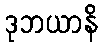
ဒုဘယာနိ